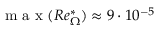
\mathrm { ~ m ~ a ~ x ~ } ( R e _ { \Omega } ^ { * } ) \approx 9 \cdot 1 0 ^ { - 5 }